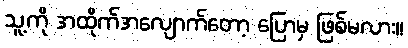
သူ့ကို အထိုက်အလျောက်တော့ ပြောမှ ဖြစ်မလား။